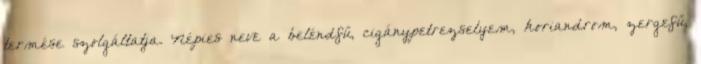
termése szolgáltatja. Népies neve a beléndfű, cigánypetrezselyem, koriandrom, zergefű,